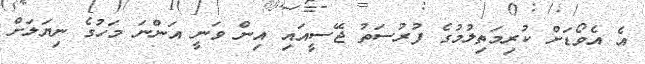
އެ އެވޯޑަށް ކުރިމަތިލުމުގެ ފުރުސަތު ޖޭސީއައި އިން ވަނީ އަންނަ މަހުގެ ނިޔަލަށް